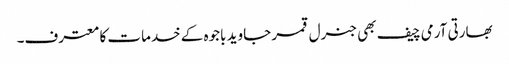
بھارتی آرمی چیف بھی جنرل قمر جاوید باجوہ کے خدمات کا معترف۔